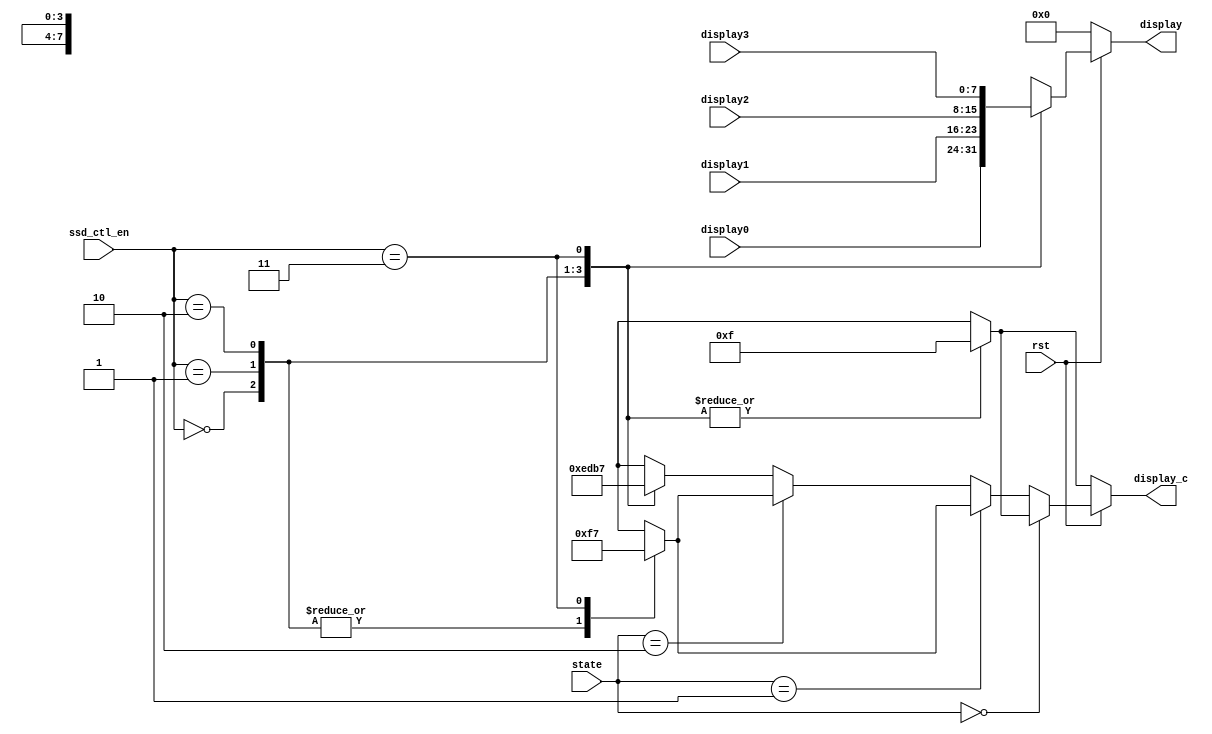
`define S0 2'b00
`define S1 2'b01
`define S2 2'b10
`define S3 2'b11

module ssd_ctl(display_c, display, ssd_ctl_en, display0, display1, display2, display3,state,rst);
input rst;
input [1:0]state;
input [1:0] ssd_ctl_en;
input [7:0] display0, display1, display2, display3; 

output [7:0] display;
output [3:0] display_c;

reg [3:0] display_c;
reg [7:0] display;

always @(ssd_ctl_en or display0 or display1 or display2 or display3 or rst)
// display value selection
if(~rst)
display = 8'd0;

else begin
case(ssd_ctl_en)
2'b00: display = display0;
2'b01: display = display1;
2'b10: display = display2;
2'b11: display = display3;
default : display = 8'd0;
endcase
end

// 7-segment control
always @(state or ssd_ctl_en or rst)
if(~rst)
    case(ssd_ctl_en)
    2'b00: display_c = 4'b1111;
    2'b01: display_c = 4'b1111;
    2'b10: display_c = 4'b1111; 
    2'b11: display_c = 4'b1111; 
    default : display_c = 4'b1111;
    endcase

else if (state==`S0) begin
    case(ssd_ctl_en)
    2'b00: display_c = 4'b1111;
    2'b01: display_c = 4'b1111;
    2'b10: display_c = 4'b1111; 
    2'b11: display_c = 4'b1111; 
    default : display_c = 4'b1111;
    endcase
end

else if (state==`S1) begin
    case(ssd_ctl_en)
    2'b00: display_c = 4'b1111;
    2'b01: display_c = 4'b1111;
    2'b10: display_c = 4'b1111; 
    2'b11: display_c = 4'b0111; 
    default : display_c = 4'b1111;
    endcase
end

else if (state==`S2) begin
    case(ssd_ctl_en)
    2'b00: display_c = 4'b1111;
    2'b01: display_c = 4'b1111;
    2'b10: display_c = 4'b1111; 
    2'b11: display_c = 4'b0111; 
    default : display_c = 4'b1111;
    endcase
end

else if (state==`S3) begin
    case(ssd_ctl_en)
    2'b00: display_c = 4'b1110;
    2'b01: display_c = 4'b1101;
    2'b10: display_c = 4'b1011; 
    2'b11: display_c = 4'b0111; 
    default : display_c = 4'b1111;
    endcase
end   
else begin
    case(ssd_ctl_en)
    2'b00: display_c = 4'b1110;
    2'b01: display_c = 4'b1101;
    2'b10: display_c = 4'b1011; 
    2'b11: display_c = 4'b0111; 
    default : display_c = 4'b1111;
    endcase
end
endmodule